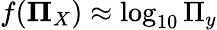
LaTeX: f(\boldsymbol{\Pi}_{X})\approx\log_{10}\Pi_{y}